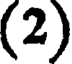
(2)